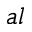
a l